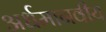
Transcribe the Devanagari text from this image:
अर्धमानवीय